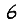
Digit: 6